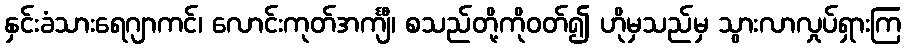
နှင်းခံသားရေဂျာကင်၊ လောင်းကုတ်အင်္ကျီ၊ စသည်တို့ကိုဝတ်၍ ဟိုမှသည်မှ သွားလာလှုပ်ရှားကြ